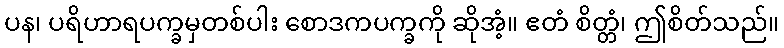
ပန၊ ပရိဟာရပက္ခမှတစ်ပါး စောဒကပက္ခကို ဆိုအံ့။ ဧတံ စိတ္တံ၊ ဤစိတ်သည်။